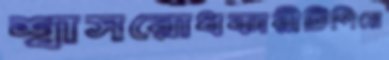
শ্বাসরোধকারীটিপিয়ে